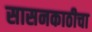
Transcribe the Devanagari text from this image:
सासनकाठीचा